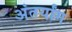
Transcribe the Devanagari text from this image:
अंतर्यांग